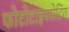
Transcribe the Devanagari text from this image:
फोटोटाइपसेटिंग